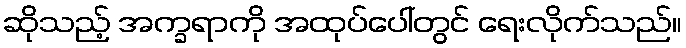
ဆိုသည့် အက္ခရာကို အထုပ်ပေါ်တွင် ရေးလိုက်သည်။